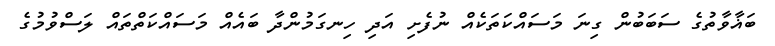
ބަޣާވާތުގެ ސަބަބުން ގިނަ މަސައްކަތަކެއް ނުފެށި އަދި ހިނގަމުންދާ ބައެއް މަސައްކަތްތައް ލަސްވުމުގެ